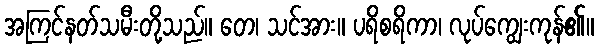
အကြင်နတ်သမီးတို့သည်။ တေ၊ သင်အား။ ပရိစရိကာ၊ လုပ်ကျွေးကုန်၏။